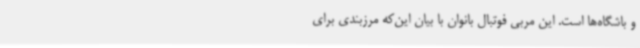
و باشگاه‌ها است. این مربی فوتبال بانوان با بیان این‌که مرزبندی برای